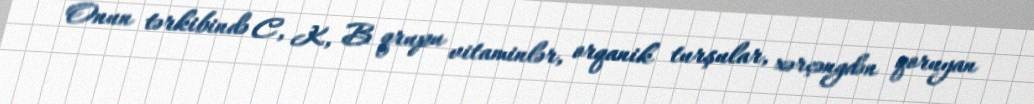
Onun tərkibində C, K, B qrupu vitaminlər, orqanik turşular, xərçəngdən qoruyan